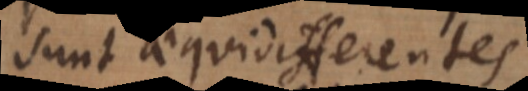
sunt aequidifferentes.